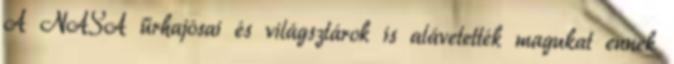
A NASA űrhajósai és világsztárok is alávetették magukat ennek